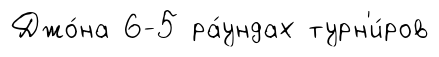
Джо́на 6-5 ра́ундах турн'и́ров